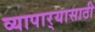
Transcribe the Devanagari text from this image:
व्यापार्‍यासाठी